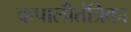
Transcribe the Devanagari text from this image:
कपालीतंत्रिका